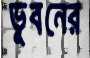
ভূবনের